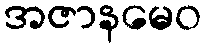
အဇာနမေဝ